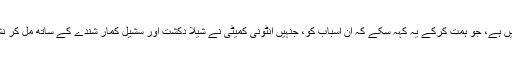
افسوس اس بات کا ہے کہ اس کانگریس پارٹی میں ایک بھی لیڈر ایسا نہیں ہے، جو ہمت کرکے یہ کہہ سکے کہ ان اسباب کو، جنہیں انٹونی کمیٹی نے شیلا دکشت اور سشیل کمار شندے کے ساتھ مل کر نشان زد کیا ہے اور پہچان کی ہے، ان کے لیے کسے ذمہ دار مانا جائے۔